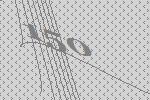
150